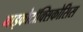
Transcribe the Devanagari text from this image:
माइकोटॉक्सिकोसिस